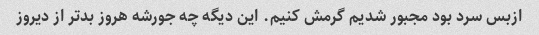
ازبس سرد بود مجبور شدیم گرمش کنیم. این دیگه چه جورشه هروز بدتر از دیروز